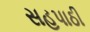
સહપાઠી